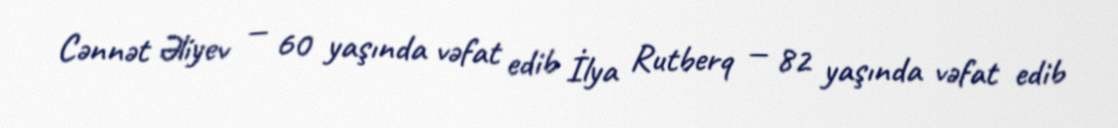
Cənnət Əliyev — 60 yaşında vəfat edib İlya Rutberq — 82 yaşında vəfat edib